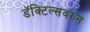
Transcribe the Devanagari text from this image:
डॅक्टिल्सवरुन